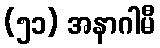
(၅၁) အနာဂါမီ